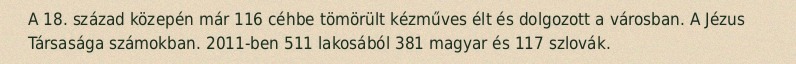
A 18. század közepén már 116 céhbe tömörült kézműves élt és dolgozott a városban. A Jézus Társasága számokban. 2011-ben 511 lakosából 381 magyar és 117 szlovák.